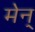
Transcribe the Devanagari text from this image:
मेन्